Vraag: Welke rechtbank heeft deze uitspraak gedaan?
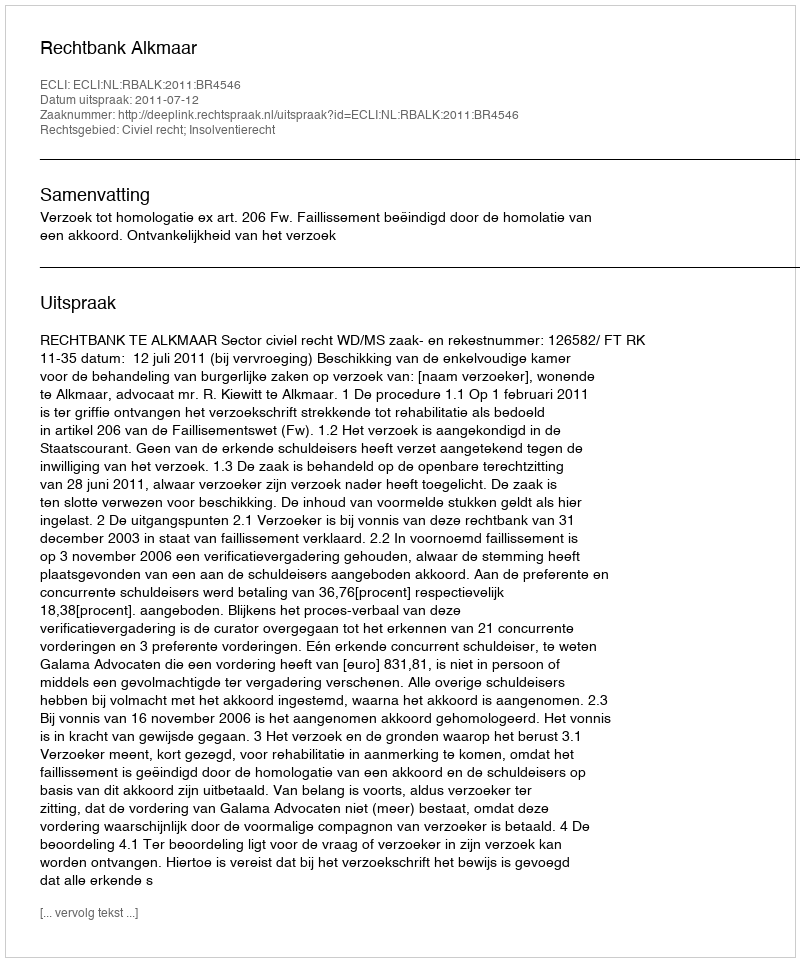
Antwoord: Rechtbank Alkmaar